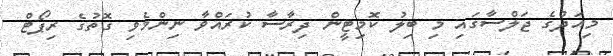
މިއަދުގެ ޖަލްސާގައި މި ބިލު ކޮމިޓީން ދިރާސާ ކުރައްވާ ނިންމެވި ގޮތުގެ ރިޕޯޓް